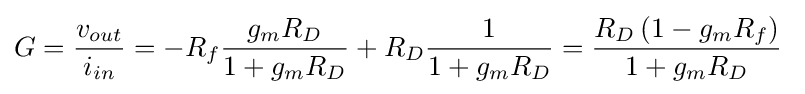
G={\frac {v_{out}}{i_{in}}}=-R_{f}{\frac {g_{m}R_{D}}{1+g_{m}R_{D}}}+R_{D}{\frac {1}{1+g_{m}R_{D}}}={\frac {R_{D}\left(1-g_{m}R_{f}\right)}{1+g_{m}R_{D}}}\